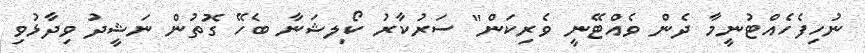
ނުހިފެހެއްޓުނީމާ ދެން ވެއްޓޭނީ ވެރިކަން" ސަރުކާރު ކޯލިޝަނާ ބެހޭ ގޮތުން ނަޝީދު ވިދާޅުވި